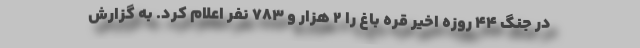
در جنگ ۴۴ روزه اخیر قره باغ را ۲ هزار و ۷۸۳ نفر اعلام کرد. به گزارش